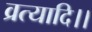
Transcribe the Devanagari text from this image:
व्रत्यादि।।